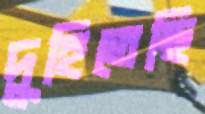
দুহিতেছি